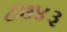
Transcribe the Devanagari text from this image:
८७४३